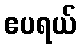
ဧပရယ်